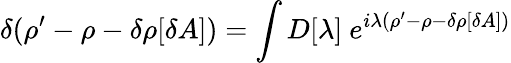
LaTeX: \delta(\rho^{\prime}-\rho-\delta\rho[\delta A])=\int D[\lambda]\ e^{i\lambda(\rho^{\prime}-\rho-\delta\rho[\delta A])}